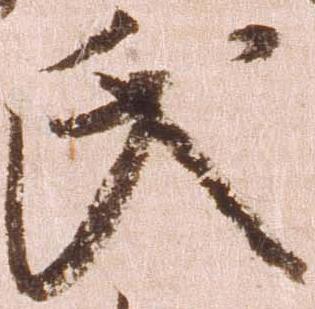
氏